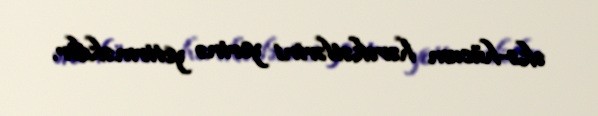
əks-hücum hərəkətlərini yerinə yetirməkdir.